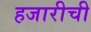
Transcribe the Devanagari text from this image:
हजारीची